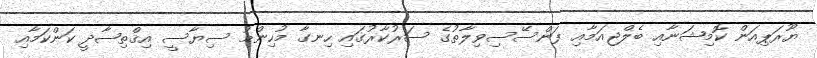
ޔޫރަޕިއަން ކޮމިޝަނާއި ބެލްޖިއަމާއި ފަންސޭސިވިލާތުގެ ސަރުކާރުގައި ހިނގާ މުހިންމު ސިޔާސީ އިޤްތިޞާދީ ކަންކަމާއި